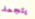
يتجمد